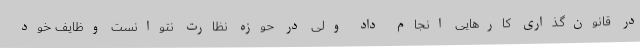
در قانون‌گذاری کارهایی انجام داد ولی در حوزه نظارت نتوانست وظایف خود